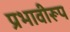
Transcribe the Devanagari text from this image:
प्रभावीरूप